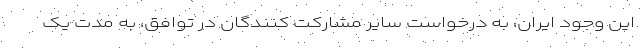
این وجود ایران، به درخواست سایر مشارکت کنندگان در توافق، به مدت یک